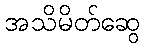
အသိမိတ်ဆွေ